Vaccination report Assam 1874-1896 - 1874-1896
Year: 1874
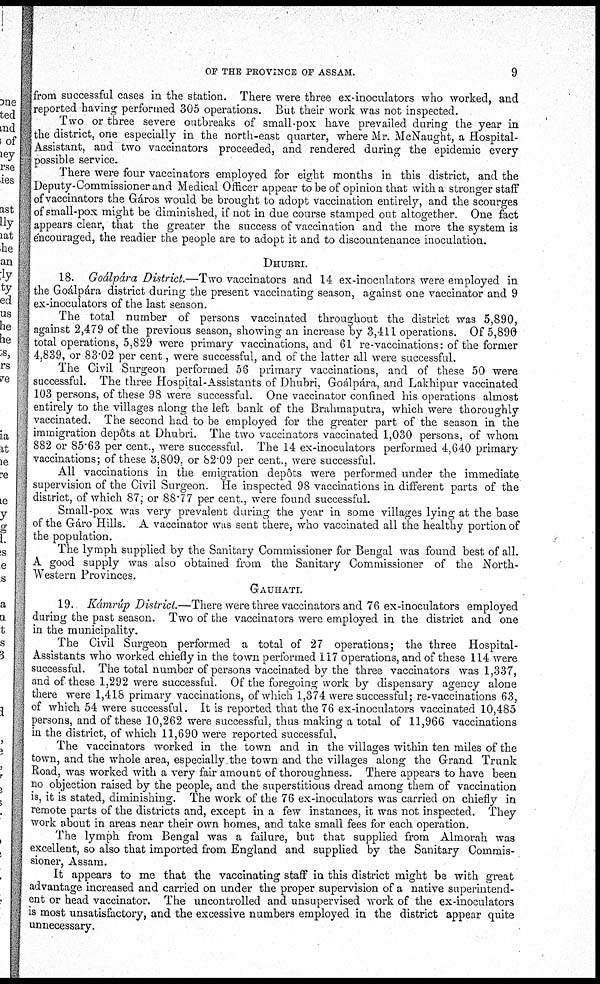
OF THE PROVINCE OF ASSAM.
9
from successful cases in the station. There were three ex-inoculators who worked, and
reported having performed 305 operations. But their work was not inspected.
Two or three severe outbreaks of small-pox have prevailed during the year in
the district, one especially in the north-east quarter, where Mr. McNaught, a Hospital-
Assistant, and two vaccinators proceeded, and rendered during the epidemic every
possible service.
There were four vaccinators employed for eight months in this district, and the
Deputy-Commissioner and Medical Officer appear to be of opinion that with a stronger staff
of vaccinators the Gáros would be brought to adopt vaccination entirely, and the scourges
of small-pox might be diminished, if not in due course stamped out altogether. One fact
appears clear, that the greater the success of vaccination and the more the system is
encouraged, the readier the people are to adopt it and to discountenance inoculation.
DHUBRI.
18. Goálpára District.—Two vaccinators and 14 ex-inoculators were employed in
the Goálpára district during the present vaccinating season, against one vaccinator and 9
ex-inoculators of the last season.
The total number of persons vaccinated throughout the district was 5,890,
against 2,479 of the previous season, showing an increase by 3,411 operations. Of 5,890
total operations, 5,829 were primary vaccinations, and 61 re-vaccinations: of the former
4,839, or 83.02 per cent. were successful, and of the latter all were successful.
The Civil Surgeon performed 56 primary vaccinations, and of these 50 were
successful. The three Hospital-Assistants of Dhubri, Goálpára, and Lakhipur vaccinated
103 persons, of these 98 were successful. One vaccinator confined his operations almost
entirely to the villages along the left bank of the Brahmaputra, which were thoroughly
vaccinated. The second had to be employed for the greater part of the season in the
immigration depôts at Dhubri. The two vaccinators vaccinated 1,030 persons, of whom
882 or 85.63 per cent., were successful. The 14 ex-inoculators performed 4,640 primary
vaccinations; of these 3,809. or 82.09 per cent., were successful.
All vaccinations in the emigration depôts were performed under the immediate
supervision of the Civil Surgeon. He inspected 98 vaccinations in different parts of the
district, of which 87; or 88.77 per cent., were found successful.
Small-pox was very prevalent during the year in some villages lying at the base
of the Gáro Hills. A vaccinator was sent there, who vaccinated all the healthy portion of
the population.
The lymph supplied by the Sanitary Commissioner for Bengal was found best of all.
A good supply was also obtained from the Sanitary Commissioner of the North¬
Western Provinces.
GAUHATI.
19. Kámrúp District.—There were three vaccinators and 76 ex-inoculators employed
during the past season. Two of the vaccinators were employed in the district and one
in the municipality.
The Civil Surgeon performed a total of 27 operations; the three Hospital-
Assistants who worked chiefly in the town performed 117 operations, and of these 114 were
successful. The total number of persons vaccinated by the three vaccinators was 1,337,
and of these 1,292 were successful. Of the foregoing work by dispensary agency alone
there were 1,418 primary vaccinations, of which 1,374 were successful; re-vaccinations 63,
of which 54 were successful. It is reported that the 76 ex-inoculators vaccinated 10,485
persons, and of these 10,262 were successful, thus making a total of 11,966 vaccinations
in the district, of which 11,690 were reported successful,
The vaccinators worked in the town and in the villages within ten miles of the
town, and the whole area, especially the town and the villages along the Grand Trunk
Road, was worked with a very fair amount of thoroughness. There appears to have been
no objection raised by the people, and the superstitious dread among them of vaccination
is, it is stated, diminishing. The work of the 76 ex-inoculators was carried on chiefly in
remote parts of the districts and, except in a few instances, it was not inspected. They
work about in areas near their own homes, and take small fees for each operation.
The lymph from Bengal was a failure, but that supplied from Almorah was
excellent, so also that imported from England and supplied by the Sanitary Commis-
sioner, Assam.
It appears to me that the vaccinating staff in this district might be with great
advantage increased and carried on under the proper supervision of a native superintend-
ent or head vaccinator. The uncontrolled and unsupervised work of the ex-inoculators
is most unsatisfactory, and the excessive numbers employed in the district appear quite
unnecessary.